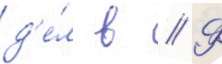
д'е́л в // Ф